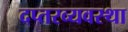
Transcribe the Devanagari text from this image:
दप्तरव्यवस्था